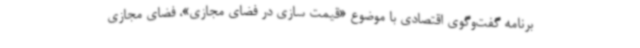
برنامه گفت‌وگوی اقتصادی با موضوع «قیمت سازی در فضای مجازی»، فضای مجازی